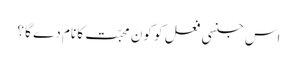
اس جنسی فعل کو کون محبّت کا نام دے گا ؟